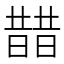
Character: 𣊣